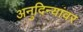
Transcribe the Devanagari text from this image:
अनुदिन्यांवर